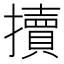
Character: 𢷺